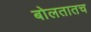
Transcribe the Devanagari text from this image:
बोलतातच